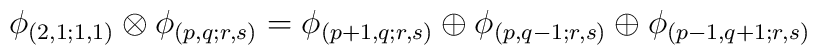
\phi_{(2,1;1,1)} \otimes \phi_{(p,q;r,s)} =\phi_{(p+1,q;r,s)} \oplus \phi_{(p,q-1;r,s)}\oplus \phi_{(p-1,q+1;r,s)}